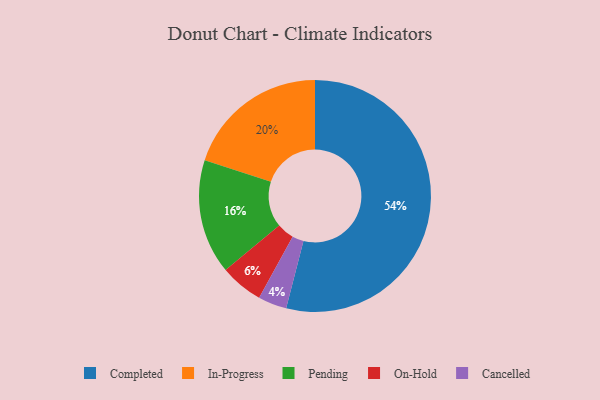
{"axis": {"x": "Category", "y": "Percentage"}, "legend": ["Cancelled", "Completed", "In-Progress", "On-Hold", "Pending"], "data": [{"x": "Completed", "y": 54, "type": "Completed"}, {"x": "On-Hold", "y": 6, "type": "On-Hold"}, {"x": "Cancelled", "y": 4, "type": "Cancelled"}, {"x": "Pending", "y": 16, "type": "Pending"}, {"x": "In-Progress", "y": 20, "type": "In-Progress"}]}